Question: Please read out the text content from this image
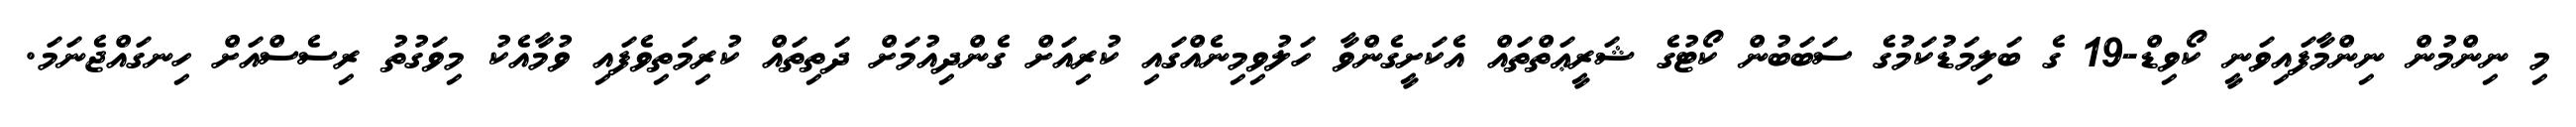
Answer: މި ނިންމުން ނިންމާފައިވަނީ ކޯވިޑް-19 ގެ ބަލިމަޑުކަމުގެ ސަބަބުން ކޯޓުގެ ޝަރީޢަތްތައް އެކަށީގެންވާ ހަލުވިމިނެއްގައި ކުރިއަށް ގެންދިއުމަށް ދަތިތައް ކުރިމަތިވެފައި ވުމާއެކު މިވަގުތު ރިސެސްއަށް ހިނގައްޖެނަމަ.